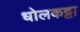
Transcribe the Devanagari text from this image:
धोलकट्टा